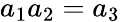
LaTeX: a_{1}a_{2}=a_{3}